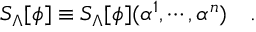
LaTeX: S _ { \Lambda } [ \phi ] \equiv S _ { \Lambda } [ \phi ] ( \alpha ^ { 1 } , \cdots , \alpha ^ { n } ) \quad .